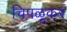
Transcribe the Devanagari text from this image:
चिपळूकर